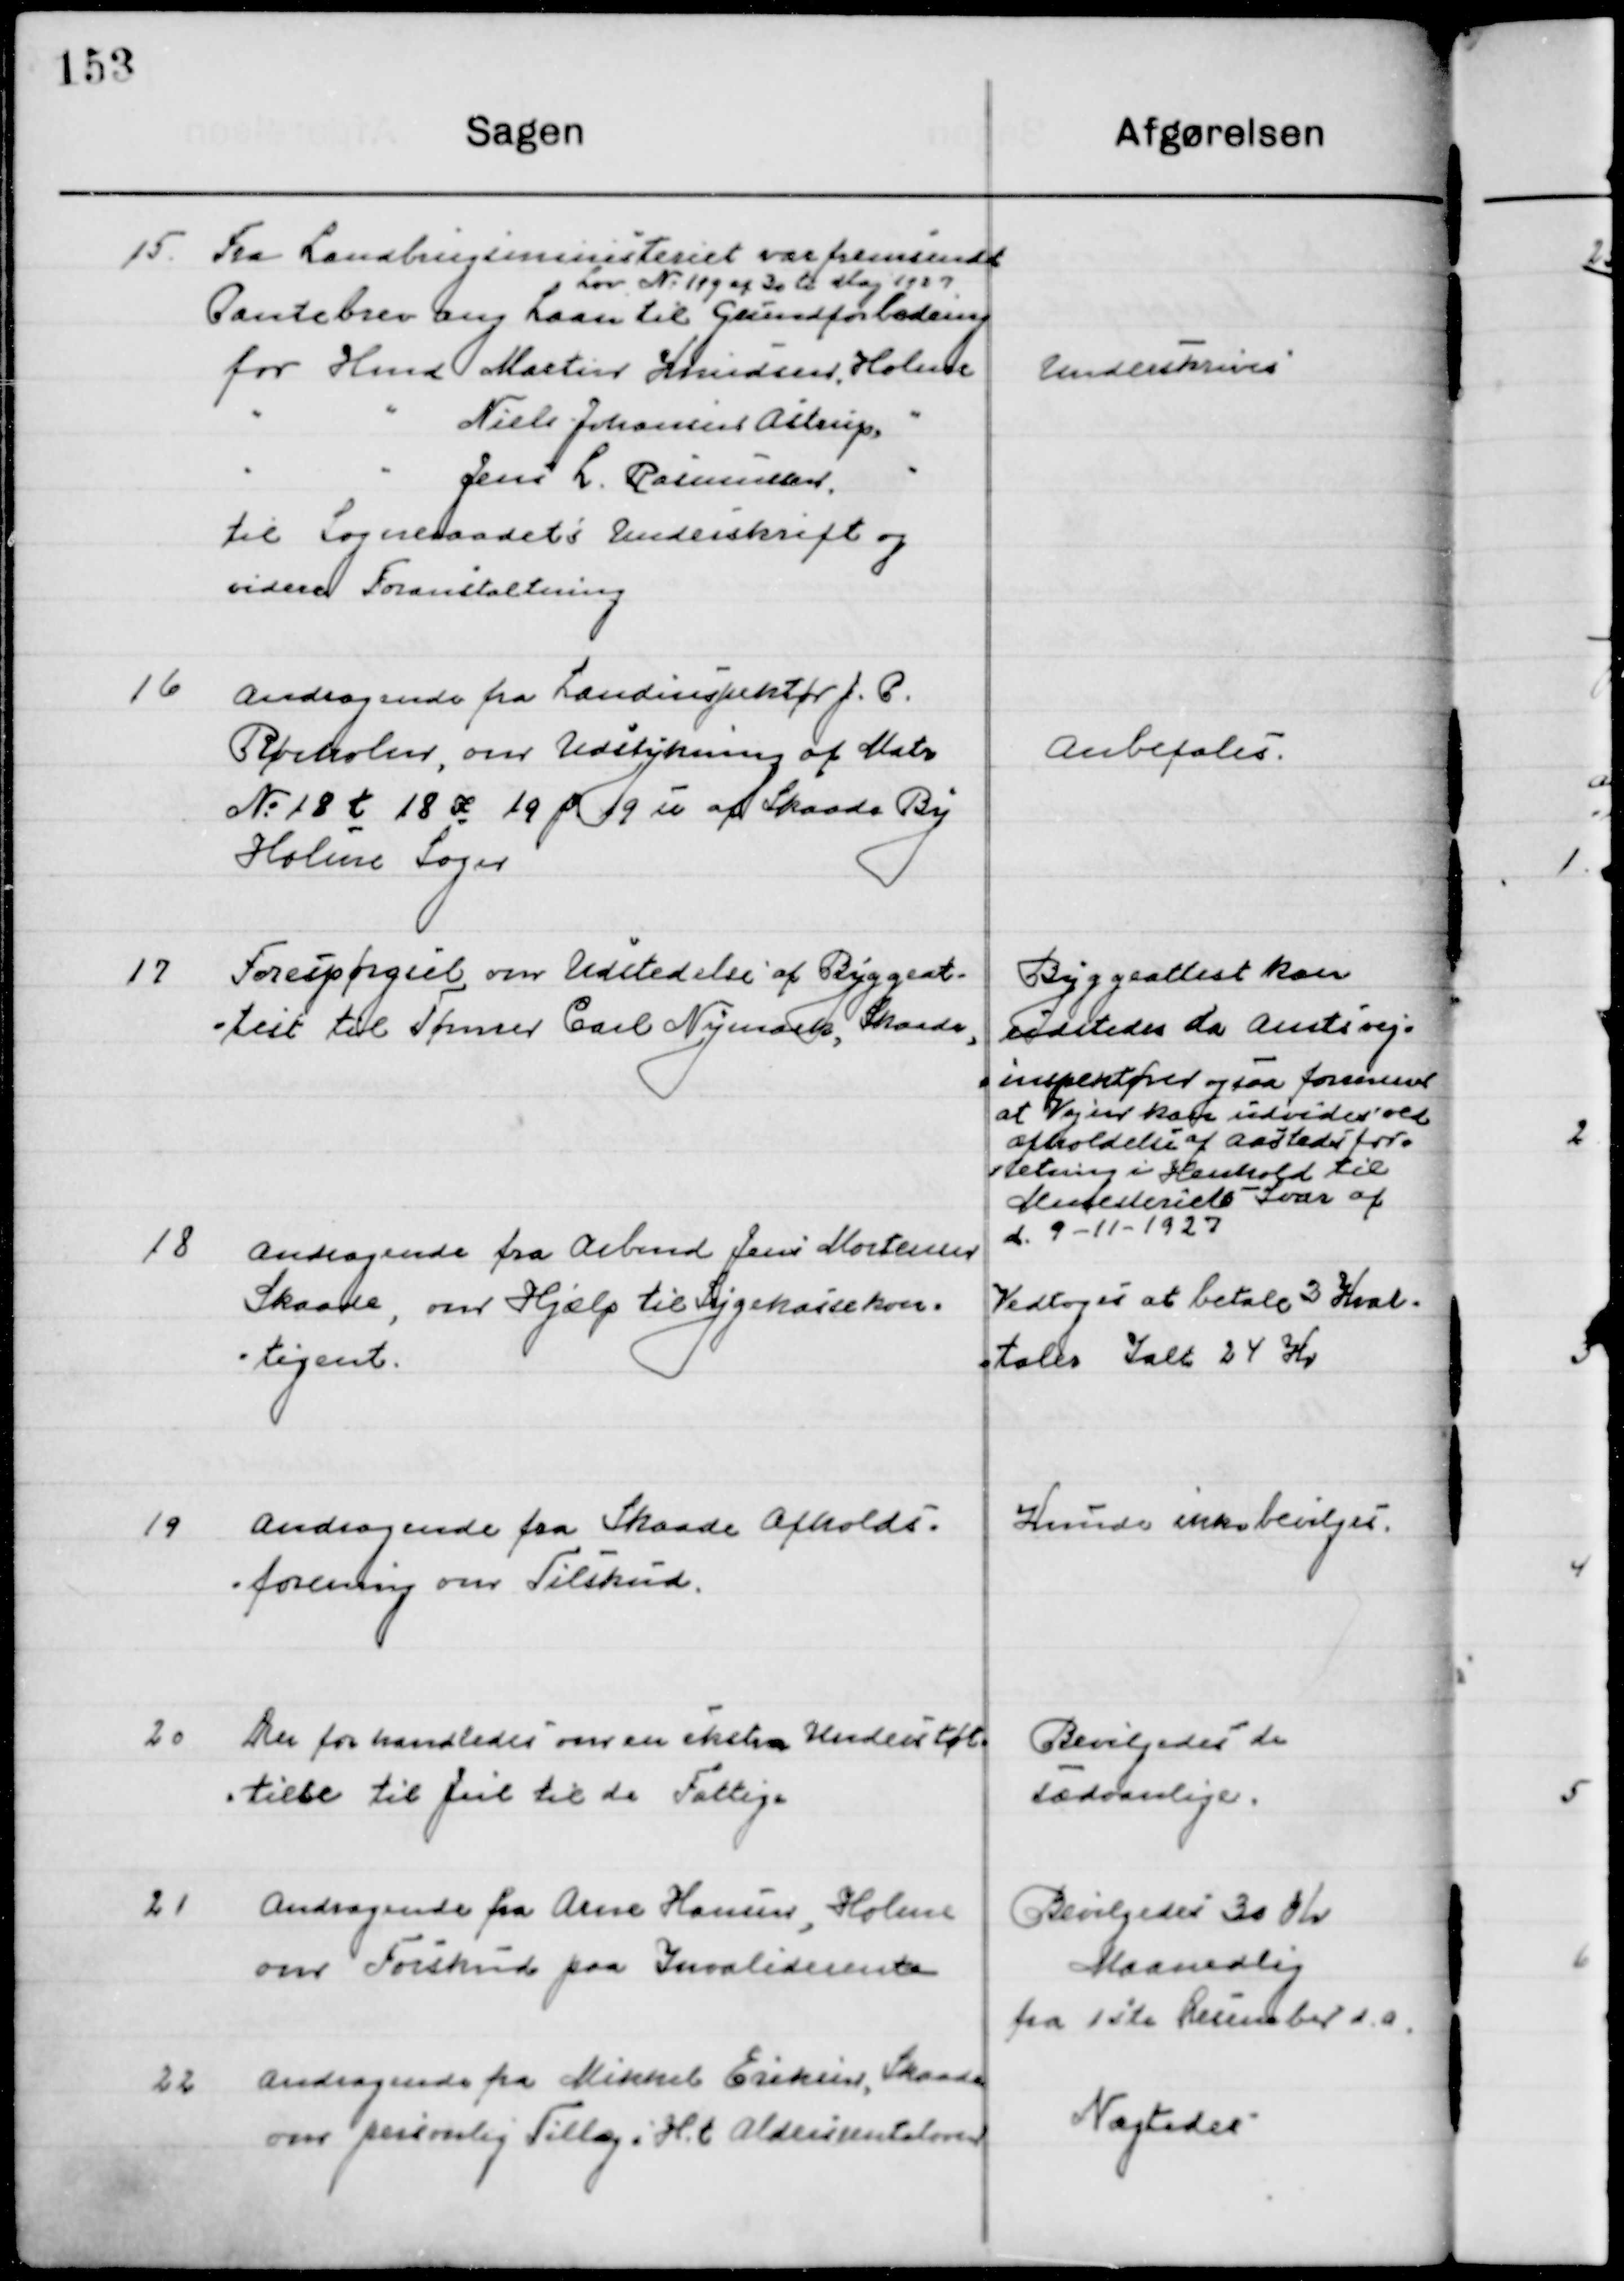
Transskription:
15

Fra Landbrugsministeriet var fremsendt
Pantebrev ang. Laan til Grundforbedring
Lov Nr. 109 af 30de Maj 1927
for Hmd. Martin Knudsen, Holme
-	-  Niels Johannes Aistrup,	-
-	- Jens L. Rasmussen, -
Til Sogneraadets Underskrift og  
videre Foranstaltning.

Underskrives

16

Andragende fra Landinspektør J. P. 
Rørholm, om Udstykning af Matr.
№ 18 t 18 æ 19 p 19 u af Skaade By 
Holme Sogn.

Anbefales.

17

Forespørgsel om Udstedelse til Byggeat-
-test til Tømrer Carl Nymark, Skaade

Byggeattest kan
udstedes da Amtsvej-
=inspektøren ogsaa formener
at vejen kan udvides ved
afholdelse af Aastedsfor-
deling i Henhold til
Ministeriets Love af 
d. 9-11-1927

18

Andragende fra Arbmd. Jens Mortensen
Skaade, om Hjælp til Sygekassekon-
-tigent

Vedtoges at betale 3 Kvar-
taler I alt 24 Kr.

19

Andragende fra Skaade Afholds- 	
-forening om Tilskud.

Kunde ikke bevilges

20

Der forhandledes om en ekstra Understøt-
-telse til Jul til de Fattige

Bevilgedes de
Sædvanlige.

21

Andragende fra Arne Hansen, Holme
om Forskud paa Invaliderente

Bevilgedes 30 Kr.
Maanedlig
Fra 1ste December d. a.

22

Andragende fra Mikkel Eriksen, Skaade
om personlig Tillæg i H. t. Aldersrenteloven

Nægtedes